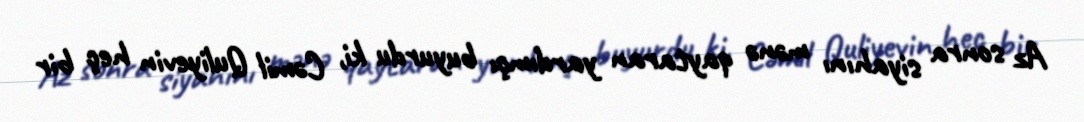
Az sonra siyahını mənə qaytaran yardımçı buyurdu ki, Cəmil Quliyevin heç bir